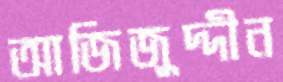
আজিজুদ্দীন